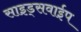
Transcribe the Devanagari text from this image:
साइड्सवाईप